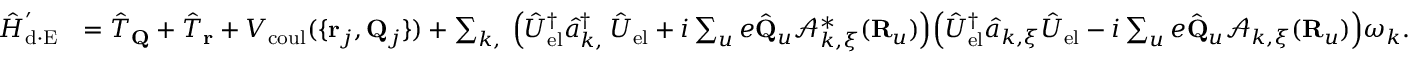
\begin{array} { r l } { \hat { H } _ { \mathrm { d \cdot E } } ^ { ' } } & { = \hat { T } _ { \bf Q } + \hat { T } _ { \bf r } + V _ { \mathrm { c o u l } } ( \{ { { \bf r } _ { j } , { \bf Q } _ { j } } \} ) + \sum _ { { \boldsymbol k } , { \bf \xi } } \Big ( \hat { U } _ { \mathrm { e l } } ^ { \dagger } \hat { a } _ { { \boldsymbol k } , { \bf \xi } } ^ { \dagger } \hat { U } _ { \mathrm { e l } } + i \sum _ { u } e \hat { \bf Q } _ { u } \mathcal { A } _ { { \boldsymbol k } , { \boldsymbol \xi } } ^ { * } ( { \bf R } _ { u } ) \Big ) \Big ( \hat { U } _ { \mathrm { e l } } ^ { \dagger } \hat { a } _ { { \boldsymbol k } , { \boldsymbol { \xi } } } \hat { U } _ { \mathrm { e l } } - i \sum _ { u } e \hat { \bf Q } _ { u } \mathcal { A } _ { { \boldsymbol k } , { \boldsymbol \xi } } ( { \bf R } _ { u } ) \Big ) \omega _ { \boldsymbol k } . } \end{array}